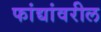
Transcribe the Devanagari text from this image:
फांद्यांवरील